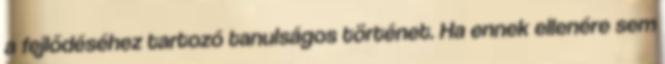
a fejlődéséhez tartozó tanulságos történet. Ha ennek ellenére sem